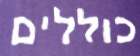
כוללים